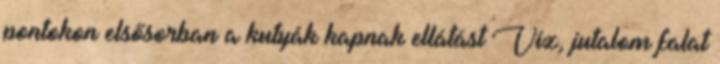
pontokon elsősorban a kutyák kapnak ellátást Víz, jutalom falat